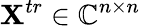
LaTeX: \mathbf{X}^{tr}\in\mathbb{C}^{n\times n}